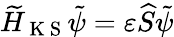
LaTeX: \widetilde H_{\mathrm{~K~S~}}\tilde{\psi}=\varepsilon\widehat{S}\tilde{\psi}